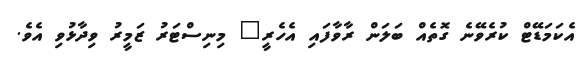
އެކަމަޑޭޓް ކުރެވޭނެ ގޮތެއް ބަލަން ރާވާފައި އެހެރީ" މިނިސްޓަރު ޒަމީރު ވިދާޅުވި އެވެ.